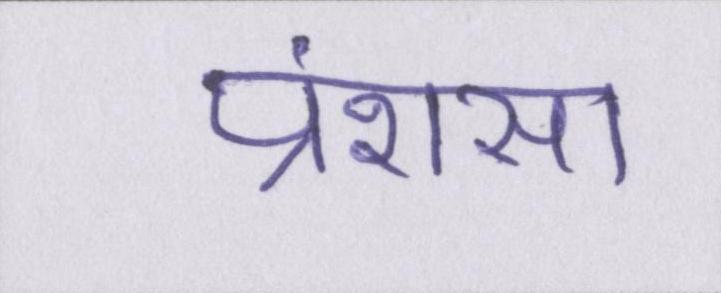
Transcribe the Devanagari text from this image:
प्रंशसा